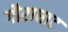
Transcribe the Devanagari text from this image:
गौराघाट